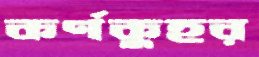
কর্ণকুহর